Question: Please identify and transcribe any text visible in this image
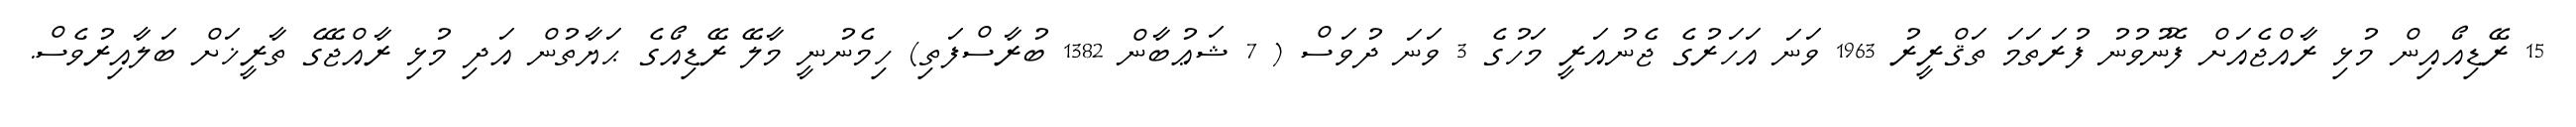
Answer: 15 ރޭޑިއޯއިން މުޅި ރާއްޖެއަށް ފޮނުވުނު ފުރަތަމަ ތަޤްރީރު 1963 ވަނަ އަހަރުގެ ޖެނުއަރީ މަހުގެ 3 ވަނަ ދުވަސް ( 7 ޝަޢުބާން 1382 ބުރާސްފަތި) ހިމެނުނީ މާލޭ ރޭޑިއޯގެ ޙަޔާތުން އަދި މުޅި ރާއްޖޭގެ ތާރީޚަށް ބަލާއިރުވެސް.